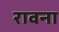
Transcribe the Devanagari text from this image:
रावना